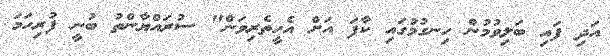
އަދި ފައި ބަލިވުމުން ހިނގުމުގައި ކާފަ އަށް އެހީތެރިވަން" ސުރައްޔާންތު ބުނީ ފުރިހަމަ